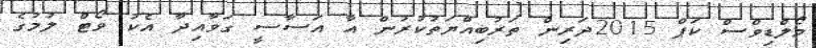
މޯލްޑިވްސް ކަޕް 2015ދަރިން ތަރުބިއްޔަތުކުރުން އާ އަސާސީ ގަވާއިދާ އެކު ވޯޓް ލުމުގެ